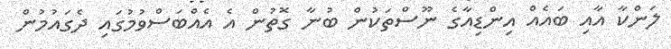
ލަންކާ އާއި ބައެއް އިންޑިއާގެ ނޫސްތަކުން ބުނާ ގޮތުން އެ އެއްބަސްވުމުގައި ދެގައުމުން